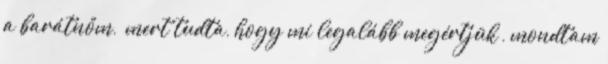
a barátnőm, “mert tudta, hogy mi legalább megértjük”, mondtam